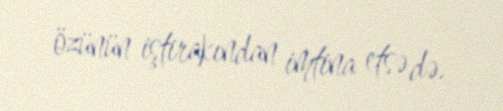
özünün iştirakından imtina etsə də.